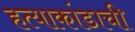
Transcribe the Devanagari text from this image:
हत्याकांडाची